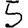
Digit: 5